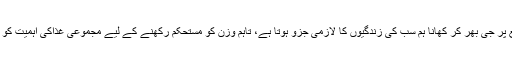
ہر چند کہ خصوصی مواقع پر جی بھر کر کھانا ہم سب کی زندگیوں کا لازمی جزو ہوتا ہے، تاہم وزن کو مستحکم رکھنے کے لیے مجموعی غذاکی اہمیت کو نظرانداز نہیں کیا جاسکتا۔